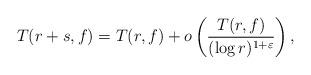
LaTeX: \begin{align*} T(r+s,f) = T(r,f)+ o\left(\frac{T(r,f)}{(\log r)^{1+\varepsilon}}\right), \end{align*}